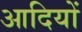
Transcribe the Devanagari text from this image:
आदियों